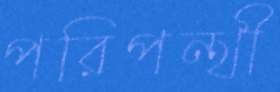
পরিপন্থী